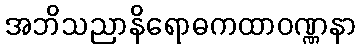
အဘိသညာနိရောဓကထာဝဏ္ဏနာ